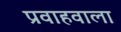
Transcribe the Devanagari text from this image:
प्रवाहवाला